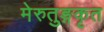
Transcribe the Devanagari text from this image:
मेरुतुङ्गकृत